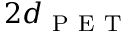
2 d _ { \mathrm { ~ P ~ E ~ T ~ } }